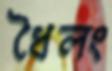
ধৈলং